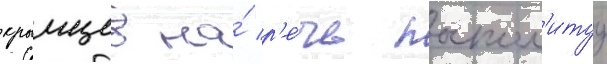
крымцев на́ р'е́чь поспол'итуу